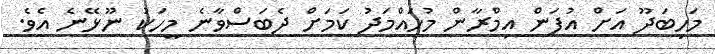
މަހިބަދޫ އަށް އުފަން އިމްރާން މުހައްމަދު ކަމަށް ދެބަސްވާނެ މީހަކު ނޫޅޭނެ އެވެ.